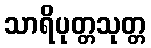
သာရိပုတ္တသုတ္တ